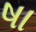
ષા